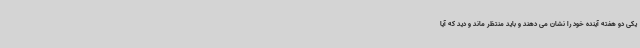
یکی دو هفته آینده خود را نشان می دهند و باید منتظر ماند و دید که آیا